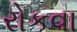
રોકવા